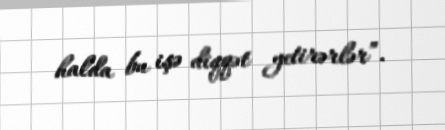
halda bu işə diqqət yetirərlər”.